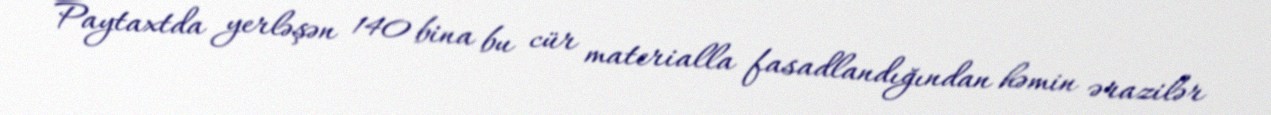
Paytaxtda yerləşən 140 bina bu cür materialla fasadlandığından həmin ərazilər